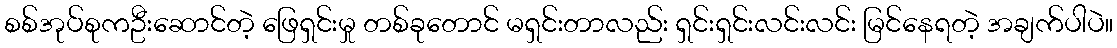
စစ်အုပ်စုကဦးဆောင်တဲ့ ဖြေရှင်းမှု တစ်ခုတောင် မရှင်းတာလည်း ရှင်းရှင်းလင်းလင်း မြင်နေရတဲ့ အချက်ပါပဲ။